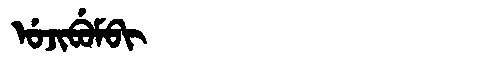
Manchu: ᡠᠵᡳᠪᡠᠮᠪᡳ
Romanization: UJIBUMBI